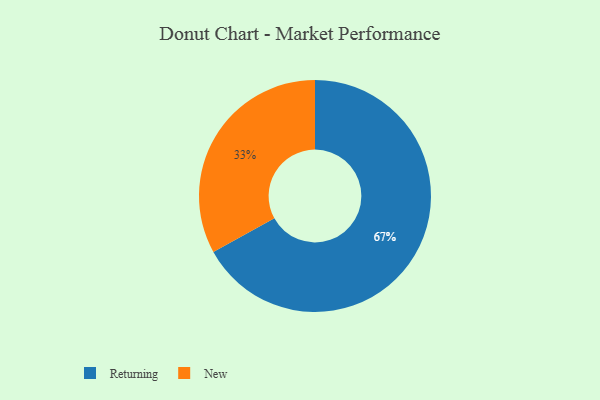
{"axis": {"x": "Category", "y": "Percentage"}, "legend": ["New", "Returning"], "data": [{"x": "Returning", "y": 67, "type": "Returning"}, {"x": "New", "y": 33, "type": "New"}]}